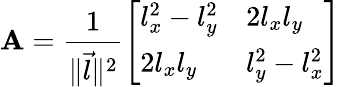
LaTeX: \mathbf{A}={\frac{1}{\lVert{\vec{l}}\rVert^{2}}}{\left[\begin{array}{ll}{l_{x}^{2}-l_{y}^{2}}&{2l_{x}l_{y}}\\ {2l_{x}l_{y}}&{l_{y}^{2}-l_{x}^{2}}\end{array}\right]}